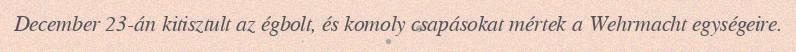
December 23-án kitisztult az égbolt, és komoly csapásokat mértek a Wehrmacht egységeire.